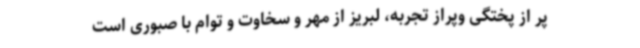
پر از پختگی وپراز تجربه، لبریز از مهر و سخاوت و توام با صبوری است